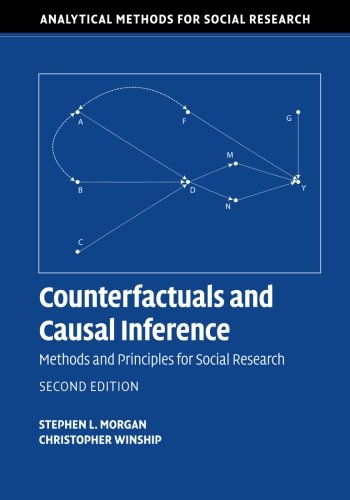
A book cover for Counterfactuals and Causal Inference: Methods and Principles for Social Research (Analytical Methods for Social Research); Stephen L. Morgan; Politics & Social Sciences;